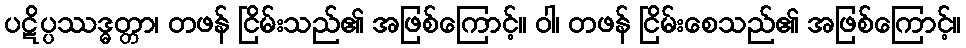
ပဋိပ္ပဿဒ္ဓတ္တာ၊ တဖန် ငြိမ်းသည်၏ အဖြစ်ကြောင့်။ ဝါ၊ တဖန် ငြိမ်းစေသည်၏ အဖြစ်ကြောင့်။